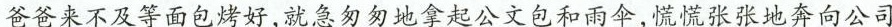
爸爸来不及等面包烤好，就急匆匆地拿起公文包和雨伞，慌慌张张地奔向公司